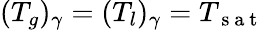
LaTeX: (T_{g})_{\gamma}=(T_{l})_{\gamma}=T_{\mathrm{~s~a~t~}}